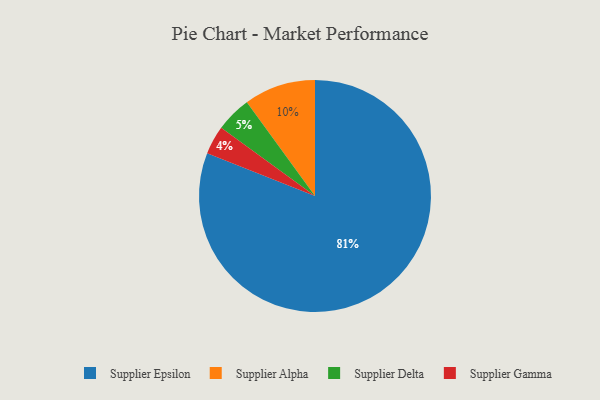
{"axis": {"x": "Category", "y": "Percentage"}, "legend": ["Supplier Alpha", "Supplier Delta", "Supplier Epsilon", "Supplier Gamma"], "data": [{"x": "Supplier Gamma", "y": 4, "type": "Supplier Gamma"}, {"x": "Supplier Delta", "y": 5, "type": "Supplier Delta"}, {"x": "Supplier Alpha", "y": 10, "type": "Supplier Alpha"}, {"x": "Supplier Epsilon", "y": 81, "type": "Supplier Epsilon"}]}